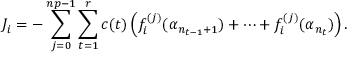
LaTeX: J _ { i } = - \sum _ { j = 0 } ^ { n p - 1 } \sum _ { t = 1 } ^ { r } c ( t ) \left( f _ { i } ^ { ( j ) } ( \alpha _ { n _ { t - 1 } + 1 } ) + \cdots + f _ { i } ^ { ( j ) } ( \alpha _ { n _ { t } } ) \right) .